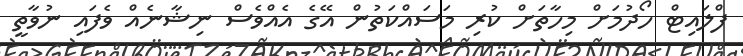
ފްލައިޓް ހޯދުމަށް މިހާތަށް ކުރި މަސައްކަތުން އޭގެ އެއްވެސް ނިޝާނެއް ވެފައި ނުވާތީ